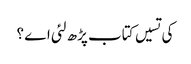
کی تسیں کتاب پڑھ لئی اے ؟